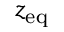
z _ { \mathrm { e q } }